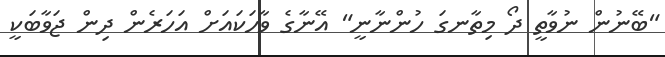
"ބޭނުން ނުވާތީ ދޯ މިތާނގަ ހުންނާނީ" އޭނާގެ ވާހަކައަށް އަހަރެން ދިން ޖަވާބަކީ